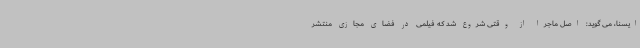
ایسنا، می گوید: اصل ماجرا از وقتی شروع شد که فیلمی در فضای مجازی منتشر